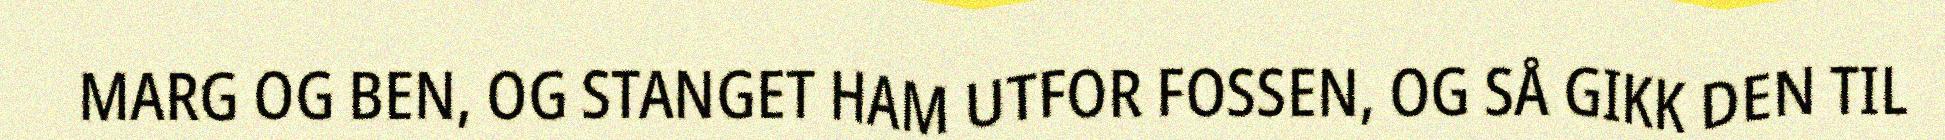
MARG OG BEN, OG STANGET HAM UTFOR FOSSEN, OG SÅ GIKK DEN TIL